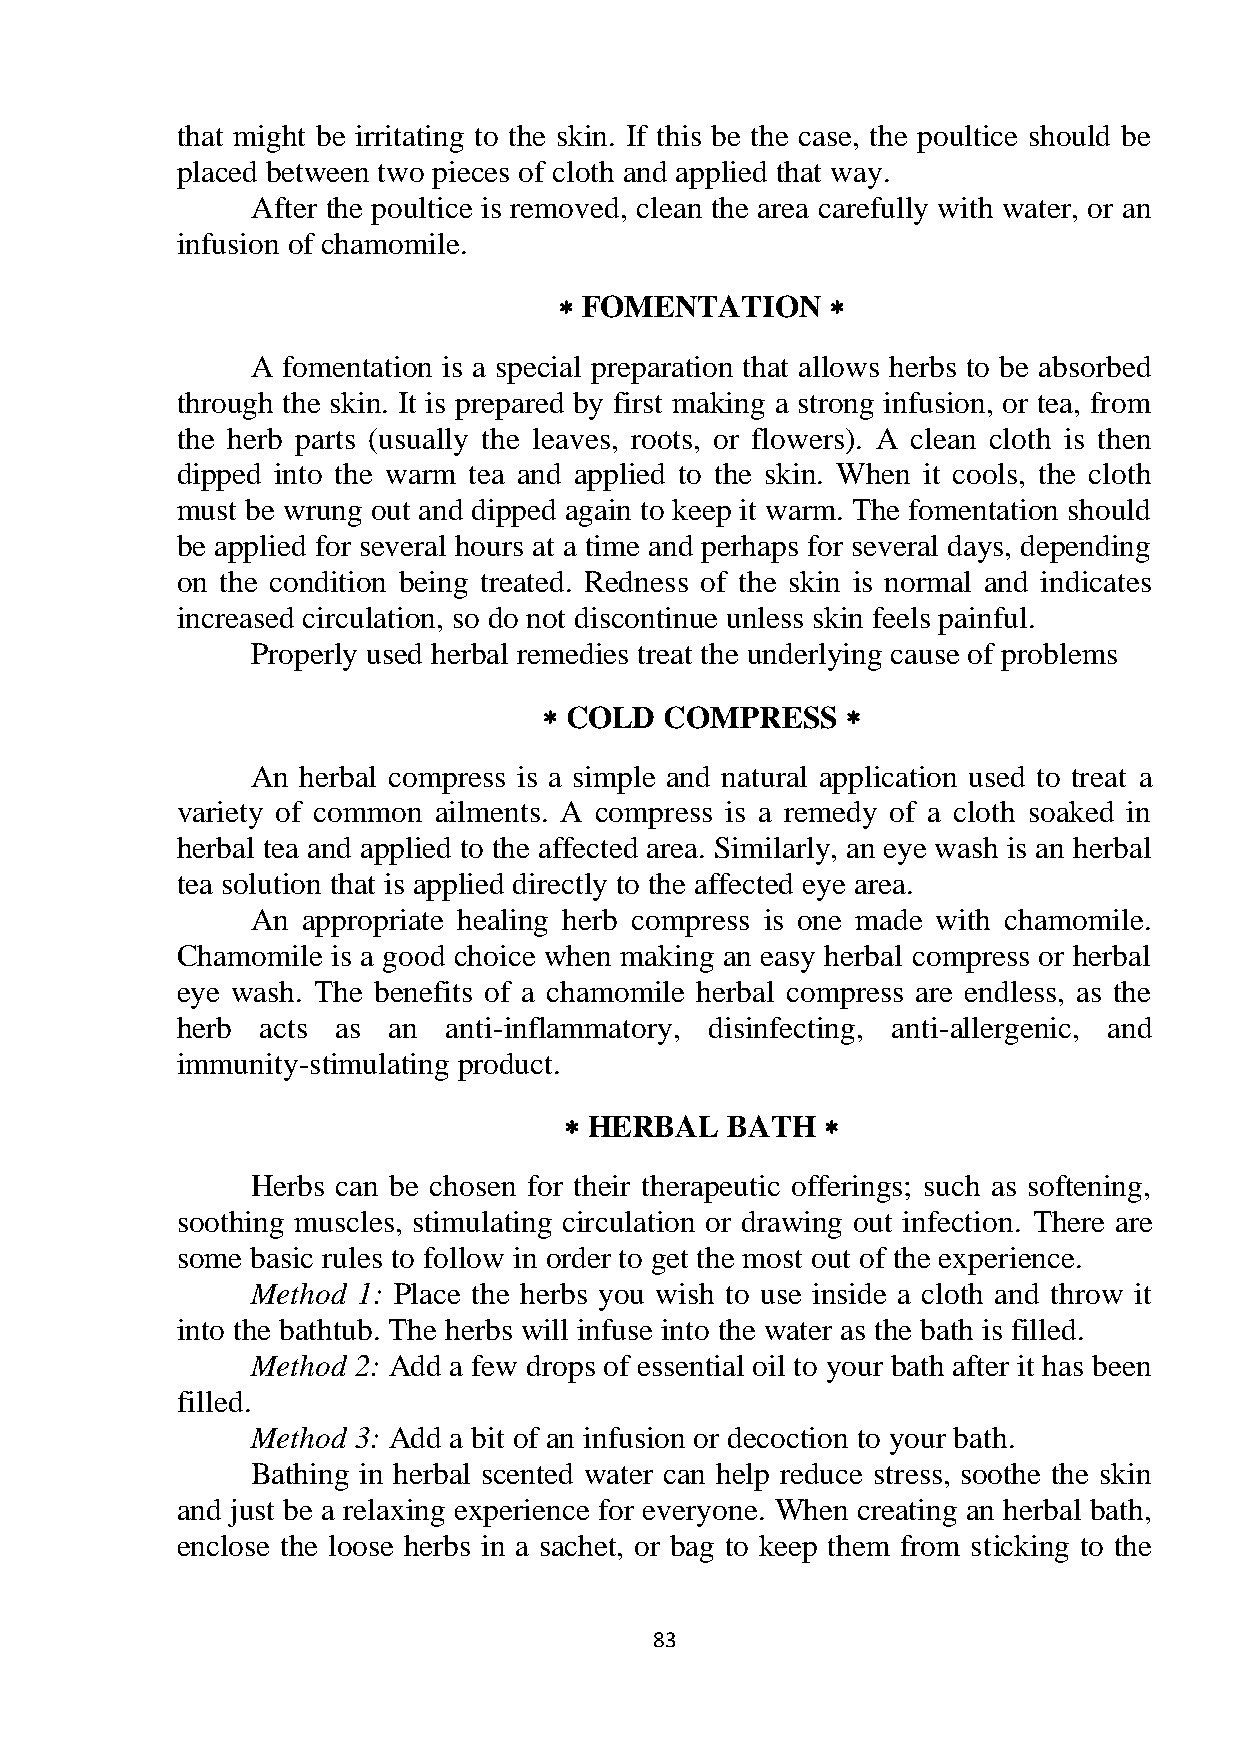
that might be irritating to the skin. If this be the case, the poultice should be
 placed between two pieces of cloth and applied that way.
 After the poultice is removed, clean the area carefully with water, or an
 infusion of chamomile.
  FOMENTATION     
 A fomentation is a special preparation that allows herbs to be absorbed
 through the skin. It is prepared by first making a strong infusion, or tea, from
 the herb parts (usually the leaves, roots, or flowers). A clean cloth is then
 dipped into the warm tea and applied to the skin. When it cools, the cloth
 must be wrung out and dipped again to keep it warm. The fomentation should
 be applied for several hours at a time and perhaps for several days, depending
 on the condition being treated. Redness of the skin is normal and indicates
 increased circulation, so do not discontinue unless skin feels painful.
 Properly used herbal remedies treat the underlying cause of problems
  COLD  COMPRESS    
 An herbal compress is a simple and natural application used to treat a
 variety of common ailments. A compress is a remedy of a cloth soaked in
 herbal tea and applied to the affected area. Similarly, an eye wash is an herbal
 tea solution that is applied directly to the affected eye area.
 An appropriate healing herb compress is one made with chamomile.
 Chamomile is a good choice when making an easy herbal compress or herbal
 eye wash. The benefits of a chamomile herbal compress are endless, as the
 herb acts as  an  anti-inflammatory, disinfecting, anti-allergenic, and
 immunity-stimulating product.
  HERBAL   BATH   
 Herbs can be chosen for their therapeutic offerings; such as softening,
 soothing muscles, stimulating circulation or drawing out infection. There are
 some basic rules to follow in order to get the most out of the experience.
 Method 1: Place the herbs you wish to use inside a cloth and throw it
 into the bathtub. The herbs will infuse into the water as the bath is filled.
 Method 2: Add a few drops of essential oil to your bath after it has been
 filled.
 Method 3: Add a bit of an infusion or decoction to your bath.
 Bathing in herbal scented water can help reduce stress, soothe the skin
 and just be a relaxing experience for everyone. When creating an herbal bath,
 enclose the loose herbs in a sachet, or bag to keep them from sticking to the
 83